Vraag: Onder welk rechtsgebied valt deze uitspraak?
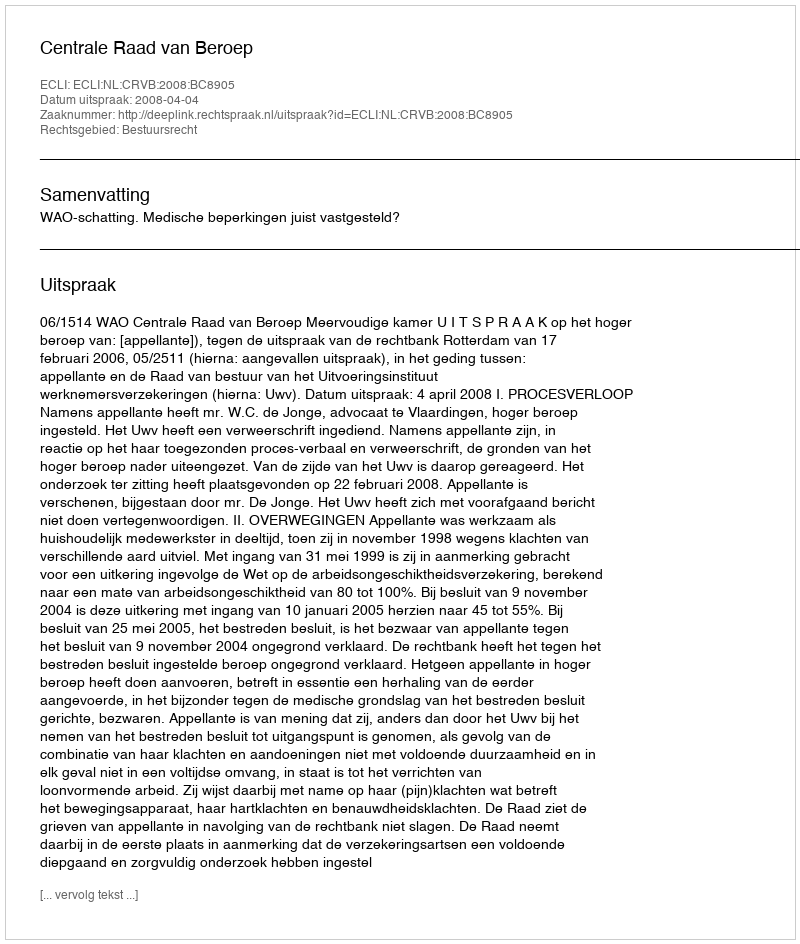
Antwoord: Bestuursrecht